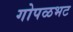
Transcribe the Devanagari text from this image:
गोपळभट